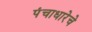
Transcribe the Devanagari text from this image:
पंचाधारेचे